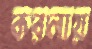
করলায়